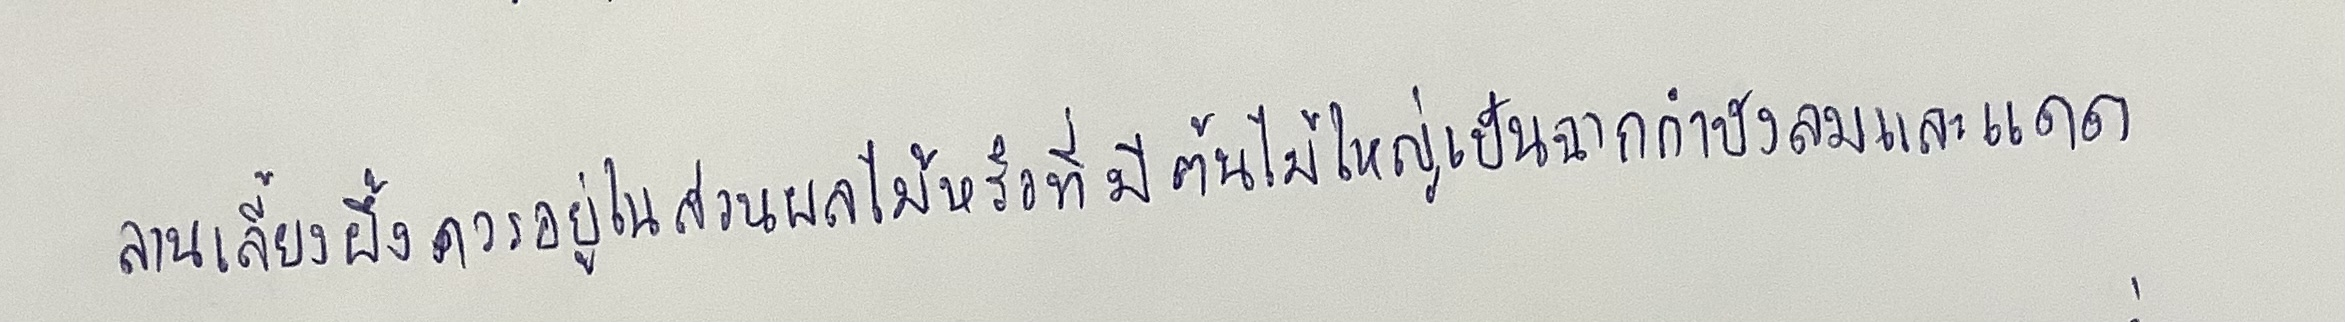
ลานเลี้ยงผึ้งควรอยู่ในสวนผลไม้หรือที่มีต้นไม้ใหญ่เป็นฉากกำบังลมและแดด